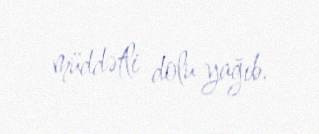
müddətli dolu yağıb.